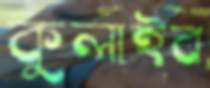
কুলাইব